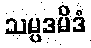
သမ္ပဒမိဒံ